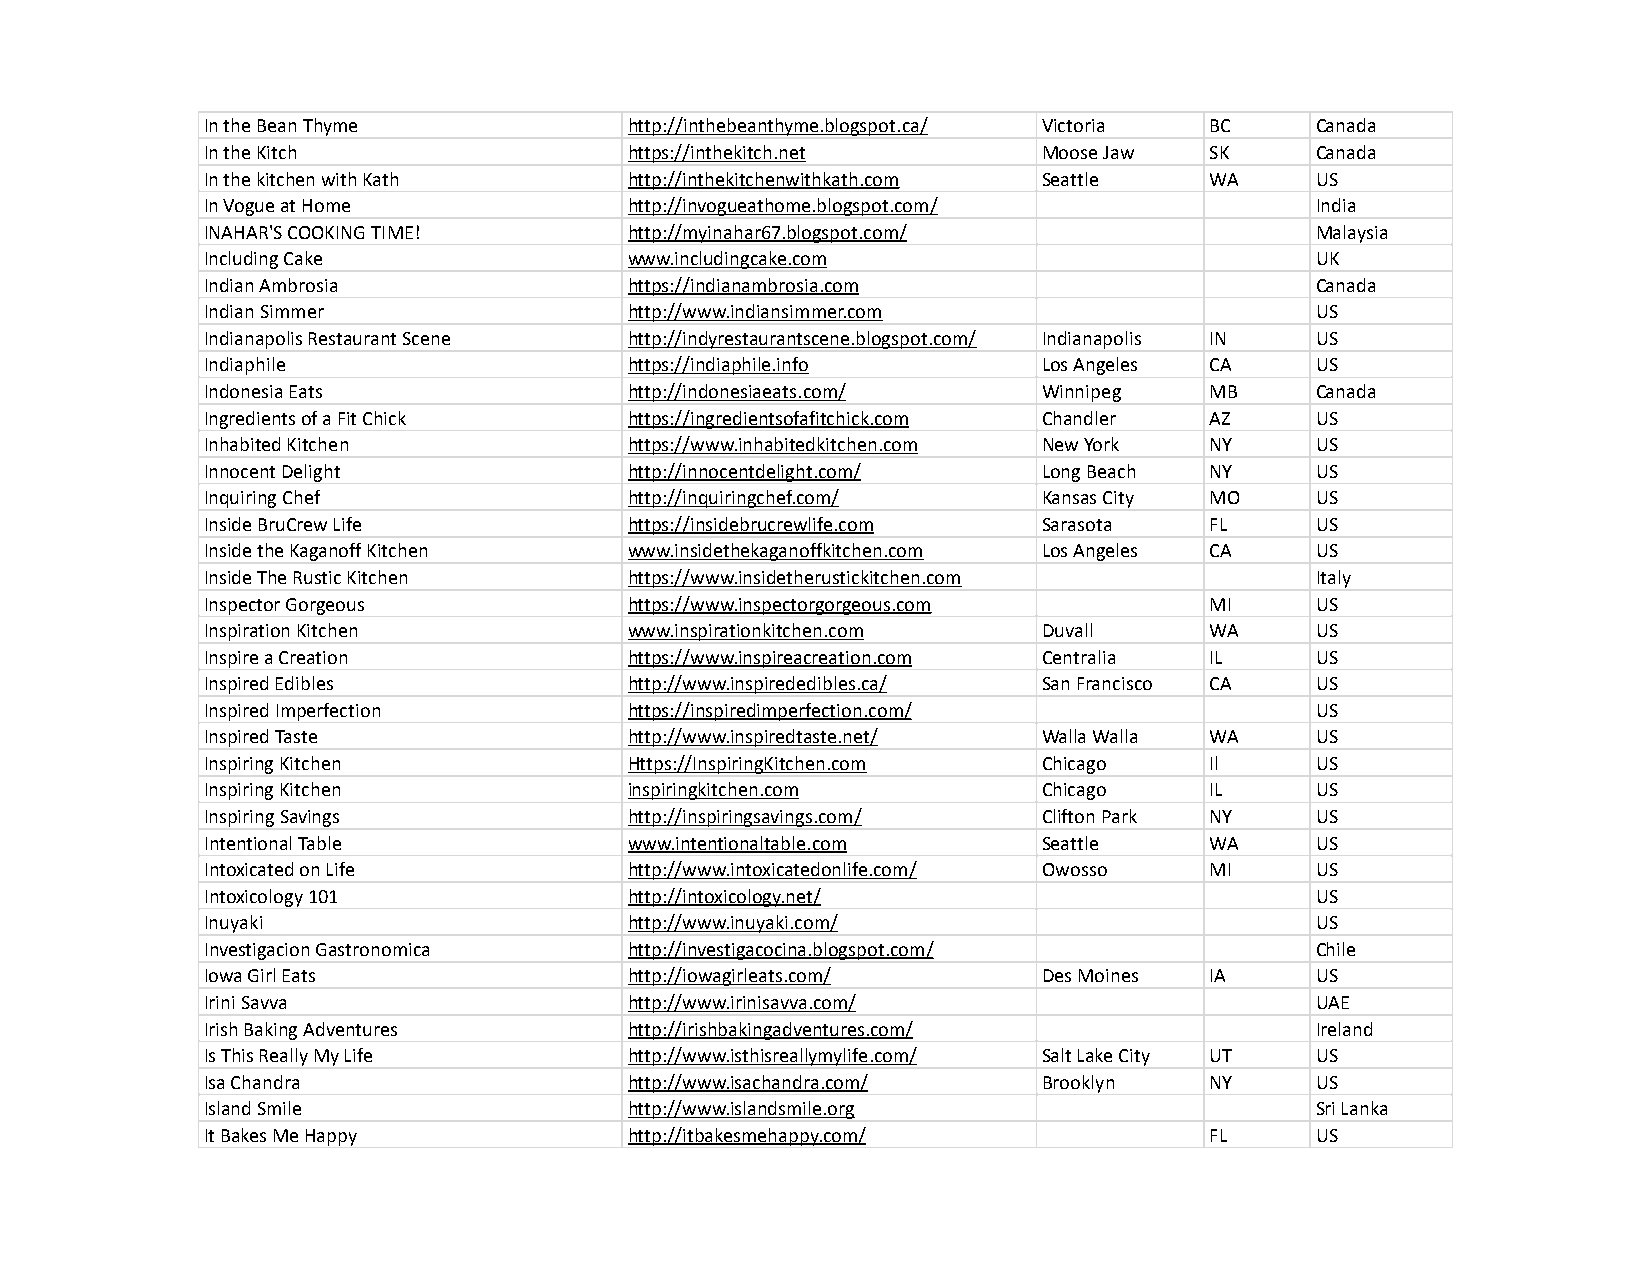
In the Bean Thyme           http://inthebeanthyme.blogspot.ca/ Victoria BC Canada
 In the Kitch                https://inthekitch.net     Moose Jaw  SK     Canada
 In the kitchen with Kath    http://inthekitchenwithkath.com Seattle WA   US
 In Vogue at Home            http://invogueathome.blogspot.com/           India
 INAHAR'S COOKING TIME!      http://myinahar67.blogspot.com/              Malaysia
 Including Cake              www.includingcake.com                        UK
 Indian Ambrosia             https://indianambrosia.com                   Canada
 Indian Simmer               http://www.indiansimmer.com                  US
 Indianapolis Restaurant Scene http://indyrestaurantscene.blogspot.com/ Indianapolis IN US
 Indiaphile                  https://indiaphile.info    Los Angeles CA    US
 Indonesia Eats              http://indonesiaeats.com/  Winnipeg   MB     Canada
 Ingredients of a Fit Chick  https://ingredientsofafitchick.com Chandler AZ US
 Inhabited Kitchen           https://www.inhabitedkitchen.com New York NY US
 Innocent Delight            http://innocentdelight.com/ Long Beach NY    US
 Inquiring Chef              http://inquiringchef.com/  Kansas City MO    US
 Inside BruCrew Life         https://insidebrucrewlife.com Sarasota FL    US
 Inside the Kaganoff Kitchen www.insidethekaganoffkitchen.com Los Angeles CA US
 Inside The Rustic Kitchen   https://www.insidetherustickitchen.com       Italy
 Inspector Gorgeous          https://www.inspectorgorgeous.com     MI     US
 Inspiration Kitchen         www.inspirationkitchen.com Duvall     WA     US
 Inspire a Creation          https://www.inspireacreation.com Centralia IL US
 Inspired Edibles            http://www.inspirededibles.ca/ San Francisco CA US
 Inspired Imperfection       https://inspiredimperfection.com/            US
 Inspired Taste              http://www.inspiredtaste.net/ Walla Walla WA US
 Inspiring Kitchen           Https://InspiringKitchen.com Chicago  Il     US
 Inspiring Kitchen           inspiringkitchen.com       Chicago    IL     US
 Inspiring Savings           http://inspiringsavings.com/ Clifton Park NY US
 Intentional Table           www.intentionaltable.com   Seattle    WA     US
 Intoxicated on Life         http://www.intoxicatedonlife.com/ Owosso MI  US
 Intoxicology 101            http://intoxicology.net/                     US
 Inuyaki                     http://www.inuyaki.com/                      US
 Investigacion Gastronomica  http://investigacocina.blogspot.com/         Chile
 Iowa Girl Eats              http://iowagirleats.com/   Des Moines IA     US
 Irini Savva                 http://www.irinisavva.com/                   UAE
 Irish Baking Adventures     http://irishbakingadventures.com/            Ireland
 Is This Really My Life      http://www.isthisreallymylife.com/ Salt Lake City UT US
 Isa Chandra                 http://www.isachandra.com/ Brooklyn   NY     US
 Island Smile                http://www.islandsmile.org                   Sri Lanka
 It Bakes Me Happy           http://itbakesmehappy.com/            FL     US